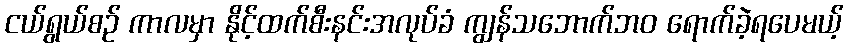
ငယ်ရွယ်စဉ် ကာလမှာ နိုင့်ထက်စီးနင်းအလုပ်ခံ ကျွန်သဘောက်ဘဝ ရောက်ခဲ့ရပေမယ့်